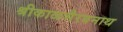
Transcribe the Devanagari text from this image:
श्रीकाळभैरवनाथ